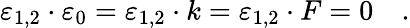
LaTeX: \varepsilon_{1,2}\cdot\varepsilon_{0}=\varepsilon_{1,2}\cdot k=\varepsilon_{1,2}\cdot F=0\quad.